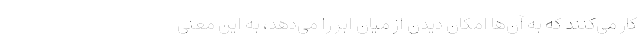
کار می‌کنند که به آن‌ها امکان دیدن از میان ابر را می‌دهد، به این معنی